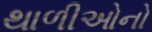
થાળીઓનો